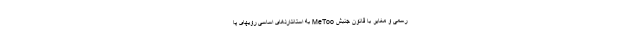
رسمی و مغایر با قانونِ جنبش MeToo به استانداردهای اساسی رویهای پا